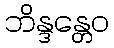
ဘိန္ဒန္တေဝ